Calcutta medical institutions reports 1892-1900
Year: 1892
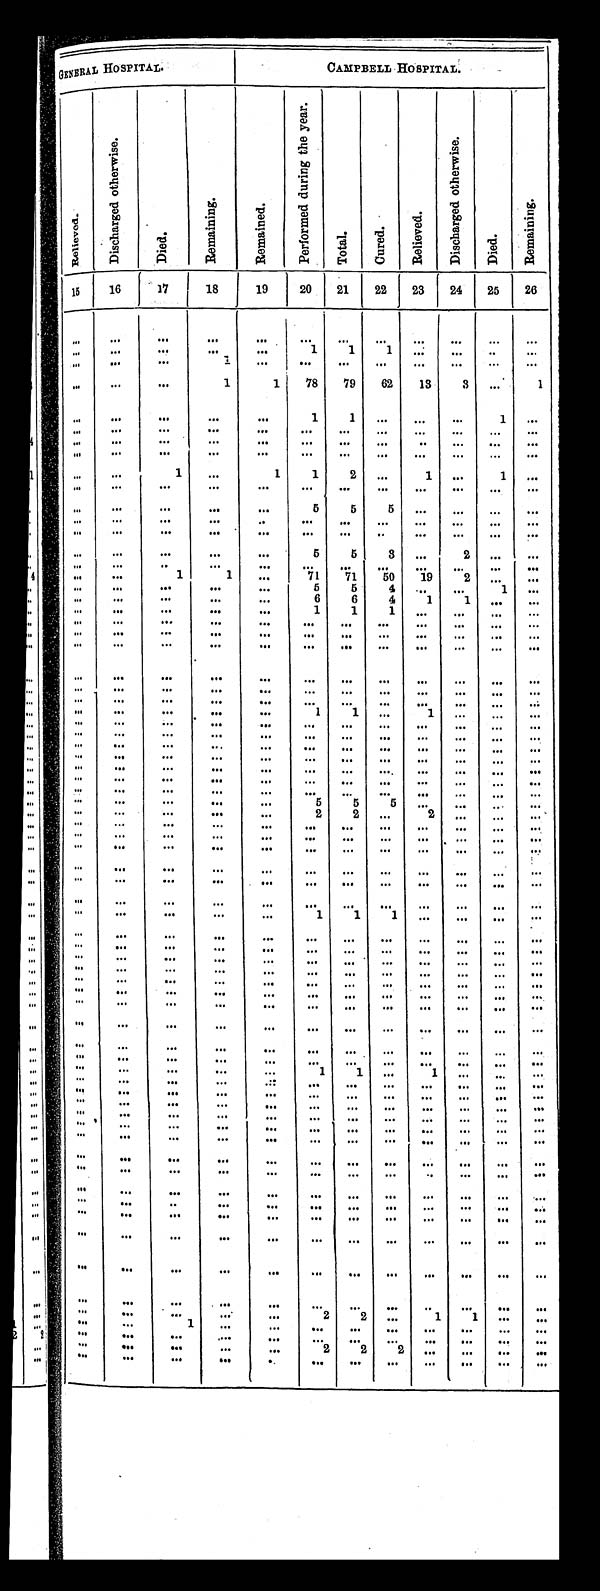
GENERAL HOSPITAL.
CAMPBELL HOSPITAL.
Rel i eved.
D i s c h a r g e d o t h e r w i s e .
Di ed.
Re ma i n i n g
R e m a i n e d .
P e r f o r m e d d u r i n g t h e y e a r .
Tot al .
Cur ed.
Rel i eved.
D i s c h a r g e d o t h e r w i s e .
Died.
Re ma i n i n g .
15
16 17
18
19
20
21
23
24
25
26
22
. . .
. . .
. . .
. . .
. . .
. . .
. . .
. . .
. . .
. . .
. . .
. . .
. . .
. . .
. . .
. . .
. . .
1
1
1
. . .
. . .
. . .
. . .
. . .
. . .
. . .
1 . . .
. . .
. . . . . .
. . .
. . .
. . . . . .
. . .
. . .
. . .
1
1
78
79
62
13
3
. . .
1
. . .
. . .
. . .
. . .
. . .
1
1 . . .
. . .
. . .
1
. . .
. . .
. . .
. . .
. . .
. . .
. . .
. . .
. . .
. . .
. . .
. . .
. . .
. . .
. . .
. . .
. . .
. . .
. . .
. . .
. . .
. . .
. . .
. . .
. . .
. . .
. . .
. . .
. . .
. . .
. . .
. . .
. . .
. . .
. . .
. . .
. . .
. . .
. . .
1
. . .
1
1
2 . . .
1
. . .
1
. . .
. . .
. . .
. . .
. . .
. . .
. . .
. . .
. . .
. . .
. . .
. . .
. . .
. . .
. . .
. . .
. . .
. . .
5
5
5
. . .
. . .
. . .
. . .
. . .
. . .
. . .
. . .
. . .
. . .
. . .
. . .
. . .
. . .
. . .
. . .
. . .
. . .
. . .
. . .
. . .
. . .
. . .
. . .
. . .
. . .
. . .
. . .
. . .
. . .
. . .
. . .
. . .
5
5
3
. . .
2
. . .
. . .
. . .
. . .
. . .
. . .
. . .
. . .
. . .
. . .
. . .
. . .
. . . . . .
. . .
. . .
1
1
. . .
71
71
50
19
2
. . .
. . .
. . .
. . .
. . .
. . .
. . .
5
5
4
. . .
. . .
1
. . .
. . .
. . .
. . .
. . .
. . .
6
6
4
1
1
. . . . . .
. . .
. . .
. . .
. . .
. . .
1
1
1
. . .
. . .
. . .
. . .
. . .
. . .
. . .
. . .
. . .
. . .
. . .
. . .
. . .
. . .
. . . . . .
. . .
. . .
. . .
. . .
. . .
. . .
. . .
. . .
. . .
. . .
. . . . . .
. . .
. . .
. . .
. . .
. . .
. . .
. . .
. . .
. . .
. . .
. . . . . .
. . .
. . .
. . .
. . .
. . .
. . .
. . .
. . .
. . .
. . .
. . .
. . .
. . .
. . .
. . .
. . .
. . .
. . .
. . . . . .
. . .
. . .
. . .
. . .
. . .
. . .
. . .
. . .
. . .
. . .
. . .
. . .
. . .
. . .
. . . . . .
. . .
. . .
. . .
. . .
. . .
1
1
. . .
1
. . .
. . .
. . .
. . .
. . .
. . .
. . .
. . .
. . .
. . .
. . .
. . .
. . .
. . .
. . .
. . .
. . .
. . .
. . .
. . .
. . .
. . .
. . .
. . .
. . .
. . .
. . .
. . .
. . .
. . .
. . .
. . .
. . .
. . .
. . .
. . .
. . .
. . . . . .
. . .
. . .
. . .
. . .
. . .
. . .
. . .
. . .
. . .
. . .
. . . . . .
. . .
. . .
. . .
. . .
. . .
. . .
. . .
. . .
. . .
. . .
. . . . . .
. . .
. . .
. . .
. . .
. . .
. . .
. . .
. . .
. . .
. . .
. . . . . .
. . .
. . .
. . .
. . .
. . .
. . .
. . .
. . .
. . .
. . .
. . . . . .
. . .
. . .
. . .
. . .
. . .
5
5
5
. . .
. . .
. . . . . .
. . .
. . .
. . .
. . .
. . .
2
2
. . .
2
. . .
. . .
. . . .
. . .
. . .
. . .
. . .
. . .
. . .
. . .
. . .
. . .
. . .
. . . . . .
. . .
. . .
. . .
. . .
. . .
. . .
. . .
. . .
. . .
. . .
. . . . . .
. . .
. . .
. . .
. . .
. . .
. . .
. . .
. . .
. . .
. . . . . .
. . .
. . .
. . .
. . .
. . .
. . .
. . .
. . .
. . .
. . .
. . .
. . .
. . .
. . .
. . .
. . .
. . .
. . .
. . .
. . .
. . .
. . .
. . . . . .
. . .
. . .
. . .
. . .
. . .
. . .
. . .
. . .
. . .
. . .
. . . . . .
. . .
. . .
. . .
. . .
. . .
1
1
1
. . .
. . .
. . . . . .
. . .
. . .
. . .
. . .
. . .
. . .
. . .
. . .
. . .
. . .
. . . . . .
. . .
. . .
. . .
. . .
. . .
. . .
. . .
. . .
. . .
. . .
. . .
. . .
. . .
. . .
. . .
. . .
. . .
. . .
. . .
. . .
. . .
. . .
. . .
. . .
. . .
. . .
. . .
. . .
. . .
. . .
. . .
. . .
. . .
. . .
. . . . . .
. . .
. . .
. . .
. . .
. . .
. . .
. . .
. . .
. . .
. . .
. . .
. . .
. . .
. . .
. . .
. . .
. . .
. . .
. . .
. . .
. . .
. . .
. . .
. . .
. . .
. . .
. . .
. . .
. . .
. . .
. . .
. . .
. . .
. . .
. . .
. . .
. . .
. . .
. . .
. . .
. . .
. . .
. . .
. . .
. . .
. . .
. . .
. . .
. . .
. . .
. . .
. . .
. . .
. . .
. . .
. . .
. . .
. . .
. . .
. . .
. . .
. . .
. . .
. . .
. . .
. . .
. . .
. . .
. . .
. . .
. . .
. . .
. . .
. . .
. . .
. . .
. . .
1
1
. . .
1
. . .
. . .
. . .
. . .
. . .
. . .
. . .
. . .
. . .
. . .
. . .
. . .
. . .
. . .
. . .
. . .
. . .
. . .
. . .
. . .
. . .
. . .
. . .
. . .
. . .
. . .
. . .
. . .
. . .
. . .
. . .
. . .
. . .
. . .
. . .
. . .
. . .
. . .
. . .
. . .
. . .
. . .
. . .
. . .
. . .
. . .
. . .
. . .
. . .
. . .
. . .
. . .
. . .
. . .
. . .
. . .
. . .
. . .
. . .
. . .
. . .
. . .
. . .
. . .
. . .
. . .
. . .
. . .
. . .
. . .
. . .
. . .
. . .
. . .
. . .
. . .
. . .
. . .
. . .
. . .
. . .
. . .
. . .
. . .
. . .
. . .
. . .
. . .
. . .
. . .
. . .
. . .
. . .
. . .
. . .
. . .
. . .
. . .
. . .
. . .
. . .
. . .
. . .
. . .
. . .
. . .
. . .
. . .
. . .
. . .
. . .
. . .
. . .
. . .
. . .
. . .
. . .
. . .
. . .
. . .
. . .
. . .
. . .
. . .
. . .
. . .
. . .
. . .
. . .
. . .
. . .
. . .
. . .
. . .
. . .
. . .
. . .
. . .
. . .
. . .
. . .
. . .
. . .
. . .
. . .
. . .
. . .
. . .
. . .
. . .
. . .
. . .
. . .
. . .
. . .
. . .
. . .
. . .
. . .
. . .
. . .
. . .
. . .
. . .
. . .
. . .
. . .
. . .
. . .
. . .
. . .
. . .
. . .
. . .
. . .
. . .
2
2
. . .
1
1
. . .
. . .
. . .
. . .
1
. . .
. . .
. . .
. . .
. . .
. . .
. . .
. . .
. . .
. . .
. . .
. . .
. . .
. . .
. . .
. . .
. . .
. . .
. . .
. . .
. . .
. . .
. . .
. . .
. . .
. . .
2
2
2
. . .
. . .
. . .
. . .
. . .
. . .
. . .
. . .
. . .
. . .
. . .
. . .
. . .
. . .
. . .
. . .